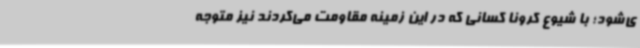
ی‌شود؛ با شیوع کرونا کسانی که در این زمینه مقاومت می‌کردند نیز متوجه